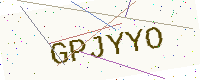
Text: GPJYYO